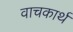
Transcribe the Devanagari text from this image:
वाचकार्थ